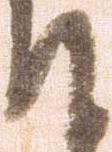
て